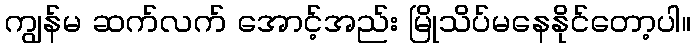
ကျွန်မ ဆက်လက် အောင့်အည်း မြိုသိပ်မနေနိုင်တော့ပါ။